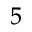
_ 5